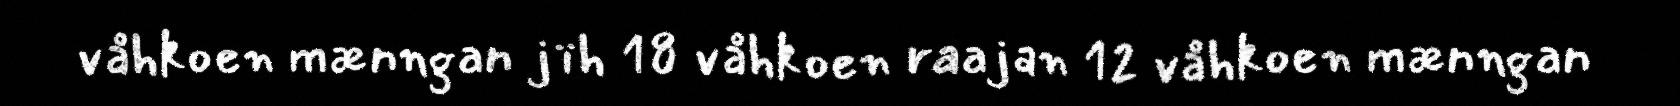
våhkoen mænngan jïh 18 våhkoen raajan 12 våhkoen mænngan